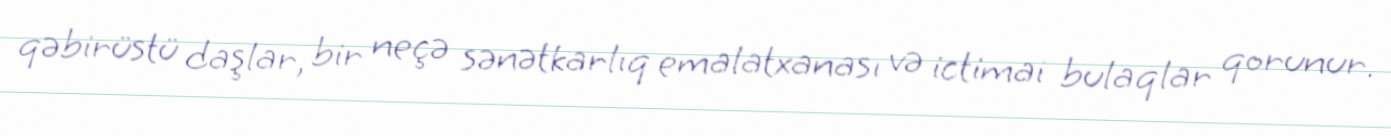
qəbirüstü daşlar, bir neçə sənətkarlıq emalatxanası və ictimai bulaqlar qorunur.